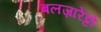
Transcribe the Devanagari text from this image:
बलज़ारेट्टो